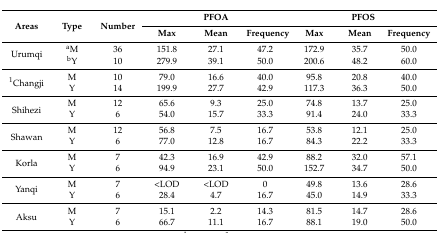
<table><thead><tr><td rowspan="2"><b>Areas</b></td><td rowspan="2"><b>Type</b></td><td rowspan="2"><b>Number</b></td><td colspan="3"><b>PFOA</b></td><td colspan="3"><b>PFOS</b></td></tr><tr><td><b>Max</b></td><td><b>Mean</b></td><td><b>Frequency</b></td><td><b>Max</b></td><td><b>Mean</b></td><td><b>Frequency</b></td></tr></thead><tbody><tr><td rowspan="2">Urumqi</td><td><sup>a</sup>M</td><td>36</td><td>151.8</td><td>27.1</td><td>47.2</td><td>172.9</td><td>35.7</td><td>50.0</td></tr><tr><td><sup>b</sup>Y</td><td>10</td><td>279.9</td><td>39.1</td><td>50.0</td><td>200.6</td><td>48.2</td><td>60.0</td></tr><tr><td rowspan="2"><sup>1</sup>Changji</td><td>M</td><td>10</td><td>79.0</td><td>16.6</td><td>40.0</td><td>95.8</td><td>20.8</td><td>40.0</td></tr><tr><td>Y</td><td>14</td><td>199.9</td><td>27.7</td><td>42.9</td><td>117.3</td><td>36.3</td><td>50.0</td></tr><tr><td rowspan="2">Shihezi</td><td>M</td><td>12</td><td>65.6</td><td>9.3</td><td>25.0</td><td>74.8</td><td>13.7</td><td>25.0</td></tr><tr><td>Y</td><td>6</td><td>54.0</td><td>15.7</td><td>33.3</td><td>91.4</td><td>24.0</td><td>33.3</td></tr><tr><td rowspan="2">Shawan</td><td>M</td><td>12</td><td>56.8</td><td>7.5</td><td>16.7</td><td>53.8</td><td>12.1</td><td>25.0</td></tr><tr><td>Y</td><td>6</td><td>77.0</td><td>12.8</td><td>16.7</td><td>84.3</td><td>22.2</td><td>33.3</td></tr><tr><td rowspan="2">Korla</td><td>M</td><td>7</td><td>42.3</td><td>16.9</td><td>42.9</td><td>88.2</td><td>32.0</td><td>57.1</td></tr><tr><td>Y</td><td>6</td><td>94.9</td><td>23.1</td><td>50.0</td><td>152.7</td><td>34.7</td><td>50.0</td></tr><tr><td rowspan="2">Yanqi</td><td>M</td><td>7</td><td>&lt;LOD</td><td>&lt;LOD</td><td>0</td><td>49.8</td><td>13.6</td><td>28.6</td></tr><tr><td>Y</td><td>6</td><td>28.4</td><td>4.7</td><td>16.7</td><td>45.0</td><td>14.9</td><td>33.3</td></tr><tr><td rowspan="2">Aksu</td><td>M</td><td>7</td><td>15.1</td><td>2.2</td><td>14.3</td><td>81.5</td><td>14.7</td><td>28.6</td></tr><tr><td>Y</td><td>6</td><td>66.7</td><td>11.1</td><td>16.7</td><td>88.1</td><td>19.0</td><td>50.0</td></tr></tbody></table>